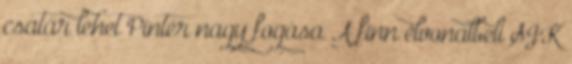
csatár lehet Pintér nagy fogása A finn élvonalbeli SJK